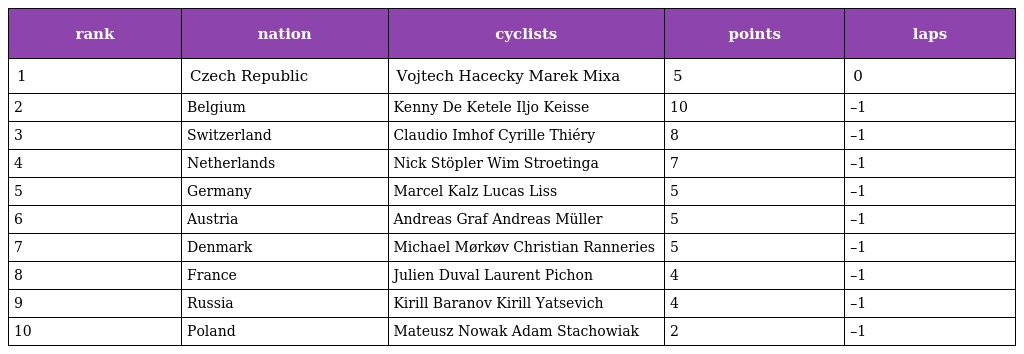
| rank | nation | cyclists | points | laps |
 | --- | --- | --- | --- | --- |
 | 1 | Czech Republic | Vojtech Hacecky Marek Mixa | 5 | 0 |
 | 2 | Belgium | Kenny De Ketele Iljo Keisse | 10 | –1 |
 | 3 | Switzerland | Claudio Imhof Cyrille Thiéry | 8 | –1 |
 | 4 | Netherlands | Nick Stöpler Wim Stroetinga | 7 | –1 |
 | 5 | Germany | Marcel Kalz Lucas Liss | 5 | –1 |
 | 6 | Austria | Andreas Graf Andreas Müller | 5 | –1 |
 | 7 | Denmark | Michael Mørkøv Christian Ranneries | 5 | –1 |
 | 8 | France | Julien Duval Laurent Pichon | 4 | –1 |
 | 9 | Russia | Kirill Baranov Kirill Yatsevich | 4 | –1 |
 | 10 | Poland | Mateusz Nowak Adam Stachowiak | 2 | –1 |